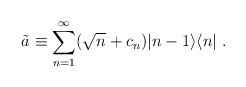
\begin{align*}\tilde{a}\equiv\sum_{n=1}^{\infty}(\sqrt{n}+c_n)|n-1\rangle\langle n|\;.\end{align*}